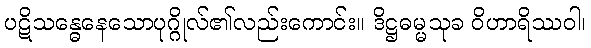
ပဋိသန္ဓေနေသောပုဂ္ဂိုလ်၏လည်းကောင်း။ ဒိဋ္ဌဓမ္မသုခ ဝိဟာရိဿဝါ၊